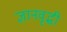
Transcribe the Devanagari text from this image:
ज्ञानवृद्धी